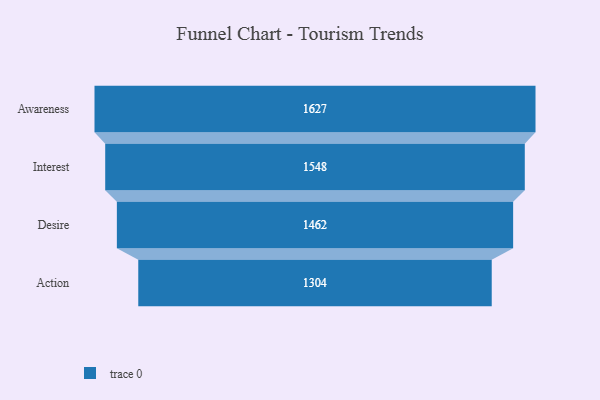
{"axis": {"x": "Stage", "y": "Value"}, "legend": [""], "data": [{"x": "Awareness", "y": 1627.0, "type": ""}, {"x": "Interest", "y": 1548.0, "type": ""}, {"x": "Desire", "y": 1462.0, "type": ""}, {"x": "Action", "y": 1304.0, "type": ""}]}